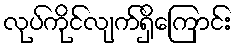
လုပ်ကိုင်လျက်ရှိကြောင်း